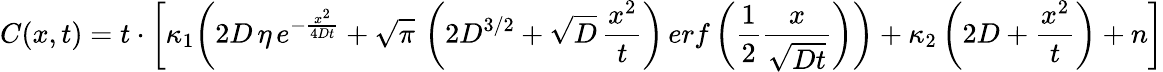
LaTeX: C(x,t)=t\cdot\bigg[\kappa_{1}\bigg(2D\, \eta\, e^{-\frac{x^{2}}{4Dt}}+\sqrt{\pi}\, \left(2D^{3/2}+\sqrt{D}\, \frac{x^{2}}{t}\right)\, erf\left(\frac{1}{2}\frac{x}{\sqrt{Dt}}\right)\bigg)+\kappa_{2}\left(2D+\frac{x^{2}}{t}\right)+n\bigg]